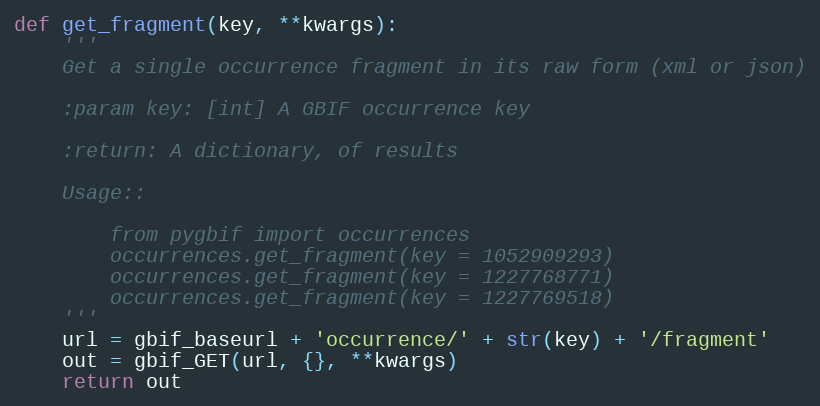
Language: Python
def get_fragment(key, **kwargs):
    '''
    Get a single occurrence fragment in its raw form (xml or json)

    :param key: [int] A GBIF occurrence key

    :return: A dictionary, of results

    Usage::

        from pygbif import occurrences
        occurrences.get_fragment(key = 1052909293)
        occurrences.get_fragment(key = 1227768771)
        occurrences.get_fragment(key = 1227769518)
    '''
    url = gbif_baseurl + 'occurrence/' + str(key) + '/fragment'
    out = gbif_GET(url, {}, **kwargs)
    return out